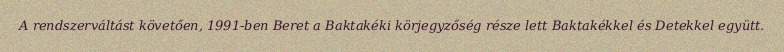
A rendszerváltást követően, 1991-ben Beret a Baktakéki körjegyzőség része lett Baktakékkel és Detekkel együtt.